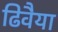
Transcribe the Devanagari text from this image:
ढिवैया